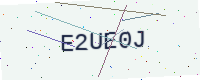
Text: E2UE0J